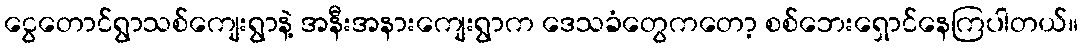
ငွေတောင်ရွာသစ်ကျေးရွာနဲ့ အနီးအနားကျေးရွာက ဒေသခံတွေကတော့ စစ်ဘေးရှောင်နေကြပါတယ်။